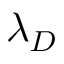
\lambda _ { D }